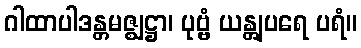
ဂါထာပါဒန္တမဇ္ဈဋ္ဌာ၊ ပုဗ္ဗံ ယန္တျပရေ ပရံ။